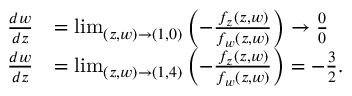
\begin{array} { r l } { \frac { d w } { d z } } & { = \operatorname* { l i m } _ { ( z , w ) \to ( 1 , 0 ) } \left( - \frac { f _ { z } ( z , w ) } { f _ { w } ( z , w ) } \right) \to \frac { 0 } { 0 } } \\ { \frac { d w } { d z } } & { = \operatorname* { l i m } _ { ( z , w ) \to ( 1 , 4 ) } \left( - \frac { f _ { z } ( z , w ) } { f _ { w } ( z , w ) } \right) = - \frac { 3 } { 2 } . } \end{array}